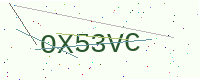
Text: OX53VC